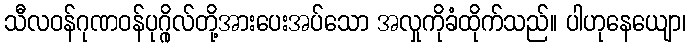
သီလဝန်ဂုဏဝန်ပုဂ္ဂိုလ်တို့အားပေးအပ်သော အလှုကိုခံထိုက်သည်။ ပါဟုနေယျော၊